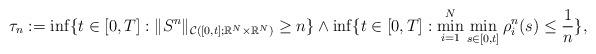
LaTeX: \begin{align*}\tau_n:=\inf\{t\in [0,T]: \|S^n\|_{\mathcal C([0,t];\mathbb R^N\times \mathbb R^N)}\ge n\}\wedge \inf\{t\in [0,T]: \min_{i=1}^N \min_{s\in [0,t]}\rho_i^n(s)\le \frac 1{n}\},\end{align*}